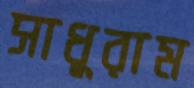
সাধুরাম